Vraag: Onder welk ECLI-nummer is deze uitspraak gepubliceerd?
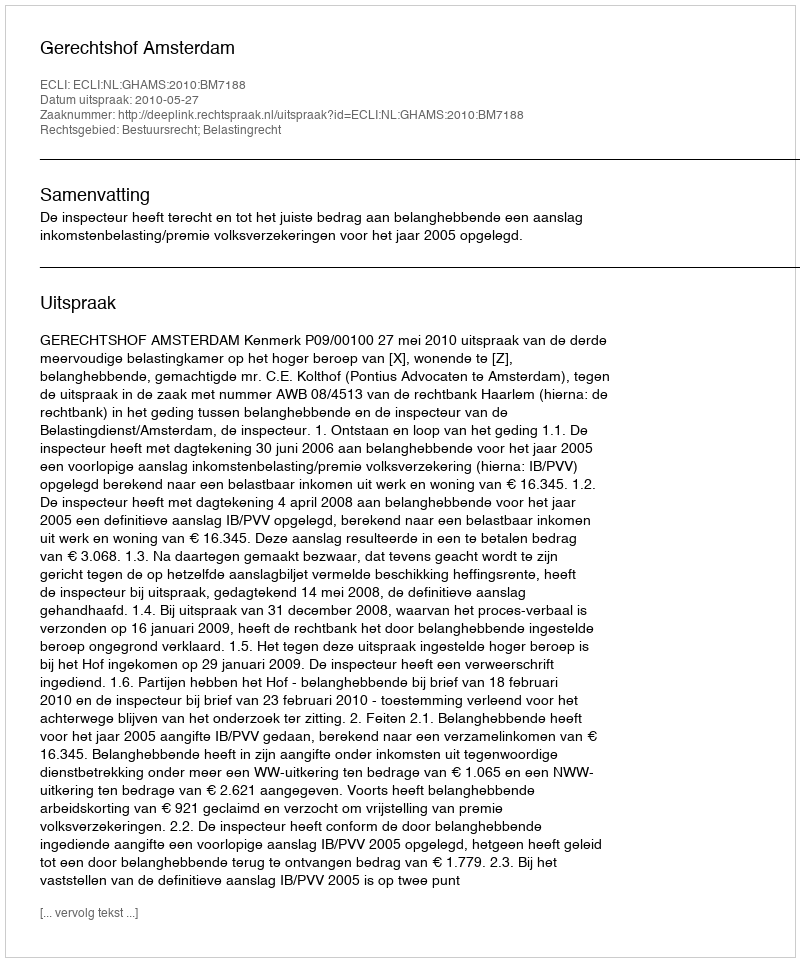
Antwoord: ECLI:NL:GHAMS:2010:BM7188